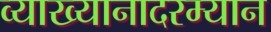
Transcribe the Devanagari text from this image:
व्याख्यानादरम्यान